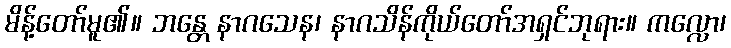
မိန့်တော်မူ၏။ ဘန္တေ နာဂသေန၊ နာဂသိန်ကိုယ်တော်အရှင်ဘုရား။ ကလ္လော၊